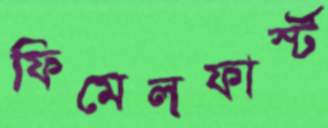
ফিমেলফার্স্ট